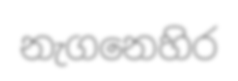
නැගනෙහිර